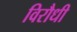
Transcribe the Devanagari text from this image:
विरौधी